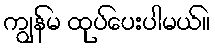
ကျွန်မ ထုပ်ပေးပါမယ်။